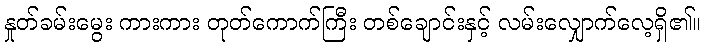
နှုတ်ခမ်းမွေး ကားကား တုတ်ကောက်ကြီး တစ်ချောင်းနှင့် လမ်းလျှောက်လေ့ရှိ၏။